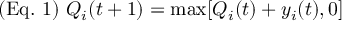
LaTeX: ( { \mathrm { E q . ~ } } 1 ) { \mathrm { ~ } } Q _ { i } ( t + 1 ) = \operatorname* { m a x } [ Q _ { i } ( t ) + y _ { i } ( t ) , 0 ]